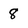
Character: 8